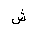
Letter: _shin